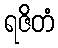
ရဇိတံ